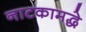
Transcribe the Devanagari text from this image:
नाटकामद्धे